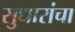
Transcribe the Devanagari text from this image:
सुधारांचा